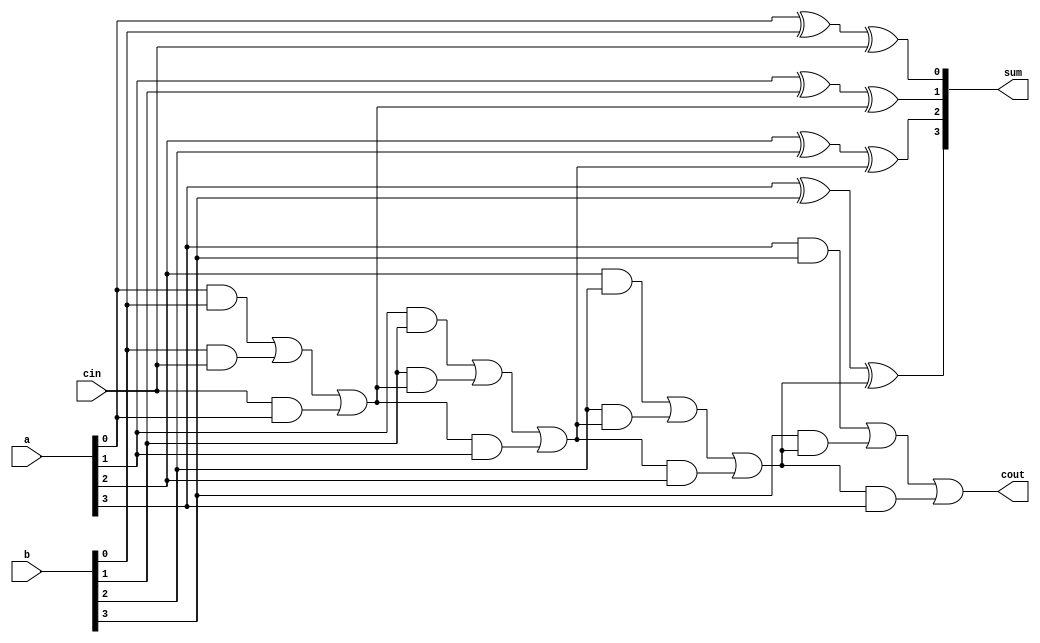
`timescale 1ns / 1ps
//////////////////////////////////////////////////////////////////////////////////
// Company: 
// Engineer: 
// 
// Design Name: 
// Module Name:    rca 
// Project Name: 
// Target Devices: 
// Tool versions: 
// Description: 
//
// Dependencies: 
//
// Revision: 
// Revision 0.01 - File Created
// Additional Comments: 
//
//////////////////////////////////////////////////////////////////////////////////
module rca(
    input [3:0] a,
    input [3:0] b,
    input cin,
    output [3:0] sum,
    output cout
    );
	 wire c0,c1,c2;
	 assign sum[0]=a[0]^b[0]^cin;
	 assign c0=(a[0]&b[0])|(b[0]&cin)|(cin&a[0]);
	 assign sum[1]=a[1]^b[1]^c0;
	 assign c1=(a[1]&b[1])|(b[1]&c0)|(c0&a[1]);
	 assign sum[2]=a[2]^b[2]^c1;
	 assign c2=(a[2]&b[2])|(b[2]&c1)|(c1&a[2]);
	 assign sum[3]=a[3]^b[3]^c2;
	 assign cout=(a[3]&b[3])|(b[3]&c2)|(c2&a[3]);




endmodule